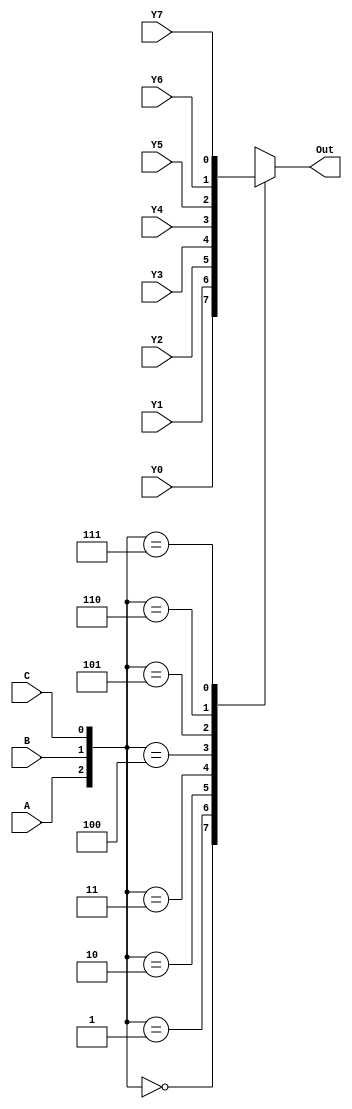
`timescale 1ns / 1ps
//////////////////////////////////////////////////////////////////////////////////
// Company: 
// Engineer: 
// 
// Design Name: 
// Module Name: mux_8
// Project Name: 
// Target Devices: 
// Tool Versions: 
// Description: 
// 
// Dependencies: 
// 
// Revision:
// Revision 0.01 - File Created
// Additional Comments:
// 
//////////////////////////////////////////////////////////////////////////////////


module mux_8(A,B,C,Y0,Y1,Y2,Y3,Y4,Y5,Y6,Y7,Out);
    input A,B,C;
    input Y0,Y1,Y2,Y3,Y4,Y5,Y6,Y7;
    output Out;
    reg Out;
    always@(A or B or C or Y0 or Y1 or Y2 or Y3 or Y4 or Y5 or Y6 or Y7)
    begin
        case({A,B,C})
        3'b000:Out=Y0;
        3'b001:Out=Y1;
        3'b010:Out=Y2;
        3'b011:Out=Y3;
        3'b100:Out=Y4;
        3'b101:Out=Y5;
        3'b110:Out=Y6;
        3'b111:Out=Y7;
        endcase
    end 
endmodule